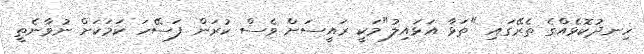
ހިނދުކޮޅެއްގެ ތެރޭގައި "ތަޅާ އަޅައިލު"މަކީ ރައީސަށް ވެސް ކުރަން ފަސޭހަ ކަމަކަށް ނުވާނެތީ